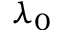
\lambda _ { 0 }